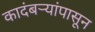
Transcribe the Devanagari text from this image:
कादंबऱ्यांपासून